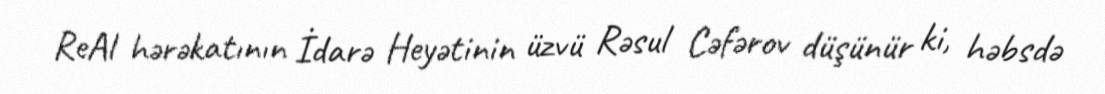
ReAl hərəkatının İdarə Heyətinin üzvü Rəsul Cəfərov düşünür ki, həbsdə